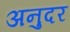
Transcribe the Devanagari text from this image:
अनुदर